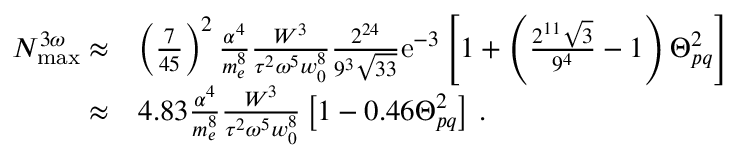
\begin{array} { r l } { N _ { \mathrm { m a x } } ^ { 3 \omega } \approx } & { \left( \frac { 7 } { 4 5 } \right) ^ { 2 } \frac { \alpha ^ { 4 } } { m _ { e } ^ { 8 } } \frac { W ^ { 3 } } { \tau ^ { 2 } \omega ^ { 5 } w _ { 0 } ^ { 8 } } \frac { 2 ^ { 2 4 } } { 9 ^ { 3 } \sqrt { 3 3 } } \mathrm { e } ^ { - 3 } \left[ 1 + \left( \frac { 2 ^ { 1 1 } \sqrt { 3 } } { 9 ^ { 4 } } - 1 \right) \Theta _ { p q } ^ { 2 } \right] } \\ { \approx } & { 4 . 8 3 \frac { \alpha ^ { 4 } } { m _ { e } ^ { 8 } } \frac { W ^ { 3 } } { \tau ^ { 2 } \omega ^ { 5 } w _ { 0 } ^ { 8 } } \left[ 1 - 0 . 4 6 \Theta _ { p q } ^ { 2 } \right] \, . } \end{array}